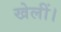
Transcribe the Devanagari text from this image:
खेलीं।